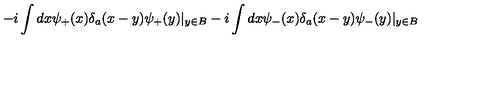
- i \int d x \psi _ { + } ( x ) \delta _ { a } ( x - y ) \psi _ { + } ( y ) | _ { y \in B } - i \int d x \psi _ { - } ( x ) \delta _ { a } ( x - y ) \psi _ { - } ( y ) | _ { y \in B }